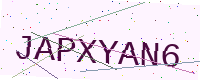
Text: JAPXYAN6